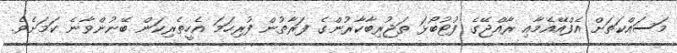
މަސައްކަތަށް އެފްއޭއެމާއި ރާއްޖޭގެ ފުޓުބޯޅަ ތަޖުރިބާކާރުންގެ ފަރާތުން ފުރިހަމަ އެހީތެރިކަން ބޭނުންވާނެ ކަމަށެވެ.